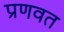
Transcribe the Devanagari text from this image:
प्रणवत